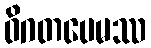
ဝိဂတပေမဿ